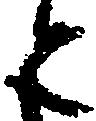
と